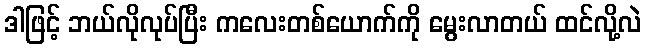
ဒါဖြင့် ဘယ်လိုလုပ်ပြီး ကလေးတစ်ယောက်ကို မွေးလာတယ် ထင်လို့လဲ